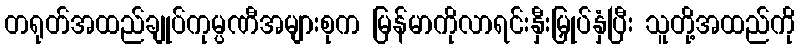
တရုတ်အထည်ချုပ်ကုမ္ပဏီအများစုက မြန်မာကိုလာရင်းနှီးမြှုပ်နှံပြီး သူတို့အထည်ကို